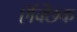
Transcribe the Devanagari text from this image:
ऐक्छिक